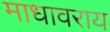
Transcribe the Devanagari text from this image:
माधावराय